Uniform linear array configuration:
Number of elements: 8
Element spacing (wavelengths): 0.75
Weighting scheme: hamming
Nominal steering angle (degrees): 0
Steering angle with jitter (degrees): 1.944
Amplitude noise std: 0.05
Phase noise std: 0.05

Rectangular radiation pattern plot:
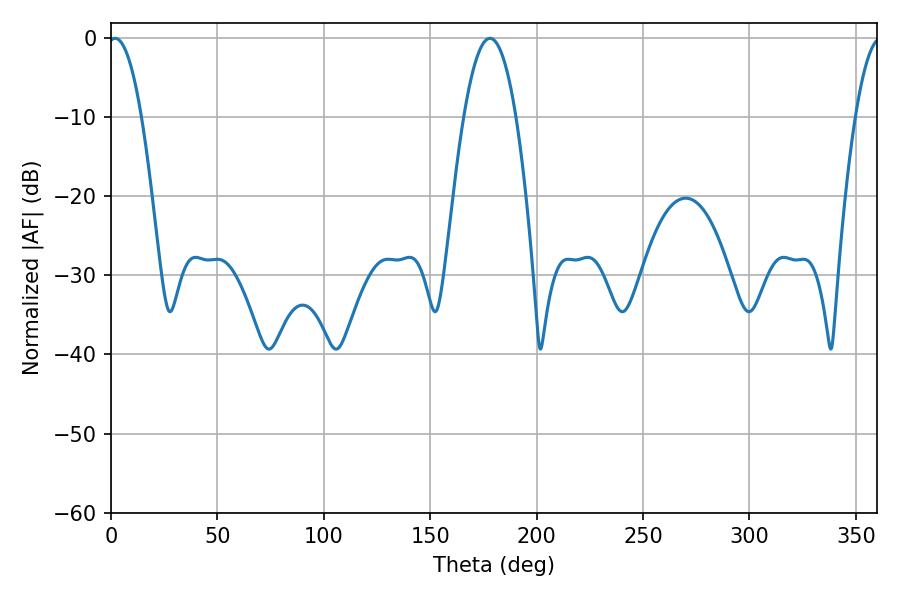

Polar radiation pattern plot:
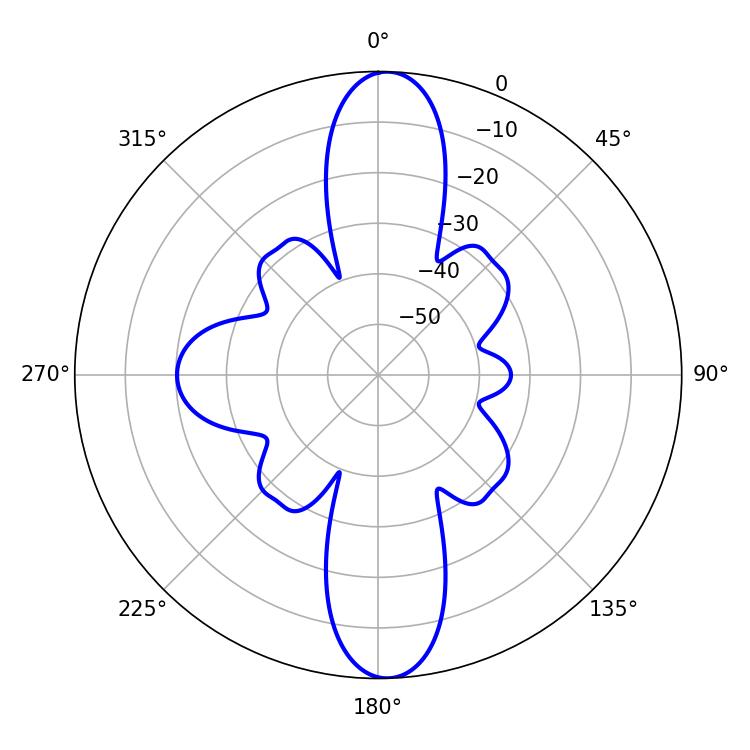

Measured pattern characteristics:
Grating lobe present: TRUE
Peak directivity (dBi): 21.646
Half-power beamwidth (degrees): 8.64
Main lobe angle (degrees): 1.98